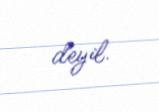
deyil.